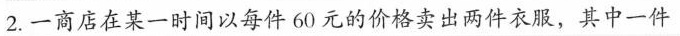
2. 一商店在某一时间以每件60元的价格卖出两件衣服，其中一件